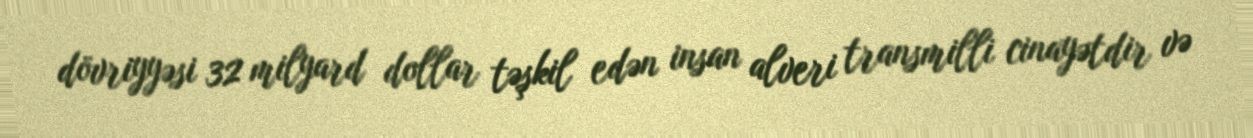
dövriyyəsi 32 milyard dollar təşkil edən insan alveri transmilli cinayətdir və